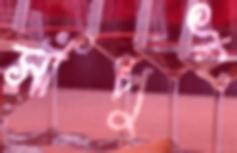
সাঁপুই